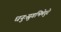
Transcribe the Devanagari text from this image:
धनुःस्रुगभिमेदुरे